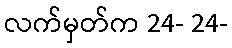
လက်မှတ်က 24- 24-